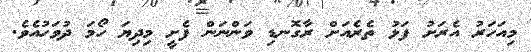
މިއަހަރު އެރަށު ފަޅު ތެރެއަށް ރާގޮނޑި ވަންނަން ފެށީ މިދިޔަ ހޯމަ ދުވަހުއެވެ.